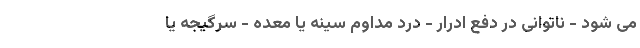
می شود - ناتوانی در دفع ادرار - درد مداوم سینه یا معده - سرگیجه یا